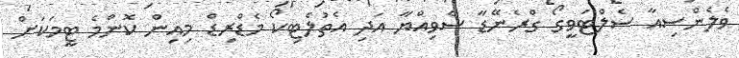
ވެލެންސިއާ ސެލްޓަވީގޯ ގްރެނޭޑާ ސެވިއްޔާ އަދި އެތުލެޓިކޯ މެޑްރިޑް މިއިން ކޮންމެ ޓީމަކަށް